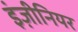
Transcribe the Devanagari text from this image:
इंज़ीनियर